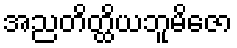
အညတိတ္ထိယဘူမိဇော